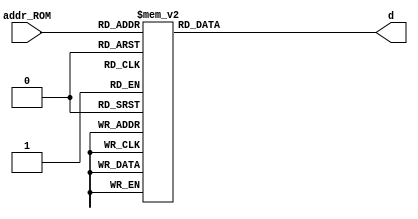
`timescale 1ns / 1ps
//////////////////////////////////////////////////////////////////////////////////
// Company: 
// Engineer: 
// 
// Design Name: 
// Module Name: ROM_I
// Project Name: 
// Target Devices: 
// Tool Versions: 
// Description: 
// 
// Dependencies: 
// 
// Revision:
// Revision 0.01 - File Created
// Additional Comments:
// 
//////////////////////////////////////////////////////////////////////////////////



module ROM_I(
    input [3:0] addr_ROM,
    output reg [31:0] d
    );
    
    always@*
    begin
			case(addr_ROM)
				4'b0000 : d <=  32'b00000000000000000000000000000100;
				4'b0001 : d <=  32'b00000000000000000000000000000100; 
				4'b0010 : d <=  32'b00000000000000000000000000000101;
				4'b0011 : d <=  32'b00000000000000000000000000000101;
				4'b0100 : d <=  32'b00000000000000000000000000000110;
				4'b0101 : d <=  32'b00000000000000000000000000000110; 
				4'b0110 : d <=  32'b00000000000000000000000000000111; 
				4'b0111 : d <=  32'b00000000000000000000000000001000; 
				4'b1000 : d <=  32'b00000000000000000000000000001001; 
				4'b1001 : d <=  32'b00000000000000000000000000001010; 
				4'b1010 : d <=  32'b00000000000000000000000000001011;
				4'b1011 : d <=  32'b00000000000000000000000000001100;
				4'b1100 : d <=  32'b00000000000000000000000000001101;
				4'b1101 : d <=  32'b00000000000000000000000000001110;
				4'b1110 : d <=  32'b00000000000000000000000000000000; //Lee arit
                4'b1111 : d <=  32'b00000000000000000000000000000001; //Lee Log  


				default : d <= 32'bzzzzzzzzzzzzzzzzzzzzzzzzzzzzzzzz;	

		endcase//FIN case en          
    end
endmodule